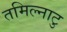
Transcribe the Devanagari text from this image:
तमिल्नाटु